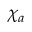
\chi _ { a }